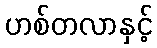
ဟစ်တလာနှင့်